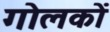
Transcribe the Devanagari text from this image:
गोलकों